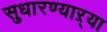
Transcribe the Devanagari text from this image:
सुधारण्याऱ्या